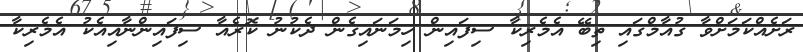
ރަށެއްކަމަށްވާ ގުއާމްގައި ތިބޭ އެމެރިކާ ސިފައިން ހިމަނައިގެން ދެކުނު ކޮރެއާ ސިފައިންނާއިއެކު އެމެރިކާ